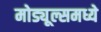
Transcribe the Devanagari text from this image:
मोड्यूल्समध्ये